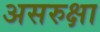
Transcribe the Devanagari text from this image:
असरुक्षा